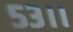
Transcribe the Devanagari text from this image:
५३।।